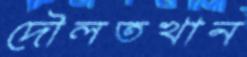
দৌলতখান